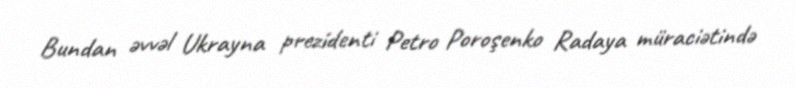
Bundan əvvəl Ukrayna prezidenti Petro Poroşenko Radaya müraciətində